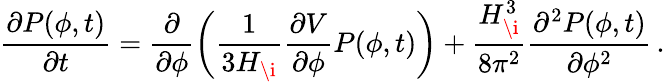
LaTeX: \frac{\partial P(\phi,t)}{\partial t}=\frac{\partial}{\partial\phi}\left(\frac{1}{3H_{\i}}\frac{\partial V}{\partial\phi}P(\phi,t)\right)+\frac{H_{\i}^{3}}{8\pi^{2}}\frac{\partial^{2}P(\phi,t)}{\partial\phi^{2}}\, .